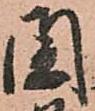
閏